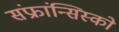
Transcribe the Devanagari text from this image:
संफ्रांन्सिस्को